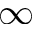
\infty